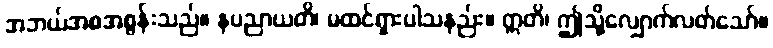
အဘယ်အစအစွန်းသည်။ နပညာယတိ၊ မထင်ရှားပါသနည်း။ ဣတိ၊ ဤသို့လျှောက်လတ်သော်။